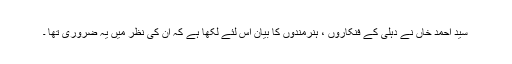
سید احمد خاں نے دہلی کے فنکاروں ، ہنرمندوں کا بیان اس لئے لکھا ہے کہ ان کی نظر میں یہ ضروری تھا ۔